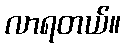
လာရတယ်။